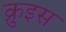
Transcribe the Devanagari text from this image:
क्रुइस